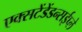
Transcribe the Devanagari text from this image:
एक्सटेंडेंडन्सईप्ले